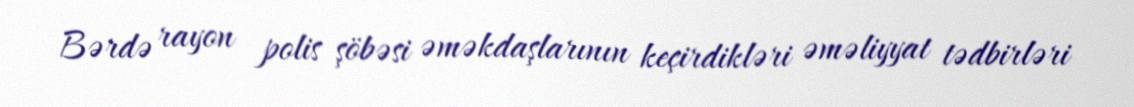
Bərdə rayon polis şöbəsi əməkdaşlarının keçirdikləri əməliyyat tədbirləri